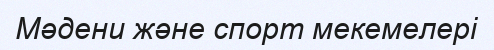
Мәдени және спорт мекемелері